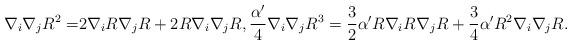
LaTeX: \begin{align*}\nabla_i\nabla_jR^2=&2\nabla_iR\nabla_jR+2R\nabla_i\nabla_jR,\frac{\alpha'}{4}\nabla_i\nabla_jR^3=\frac{3}{2}\alpha'R\nabla_iR\nabla_jR+\frac{3}{4}\alpha'R^2\nabla_i\nabla_jR.\end{align*}